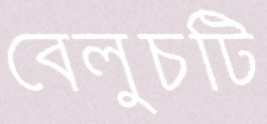
বেলুচটি